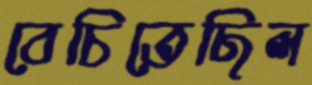
বেচিতেছিল